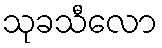
သုခသီလော